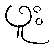
ဖူး